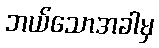
ဘယ်သောအခါမှ